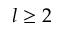
l \geq 2